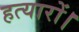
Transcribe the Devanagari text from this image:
हत्यारों।